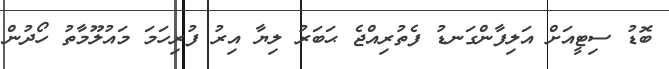
ބޮޑު ސިޓީއަށް އަލިފާންގަނޑު ފެތުރިއްޖެ ޙަބަރު ލިޔާ އިރު ފުރިހަމަ މައުލޫމާތު ހޯދުން